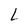
Character: L